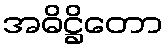
အဓိဋ္ဌိတော